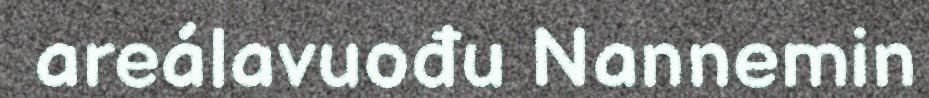
areálavuođu Nannemin